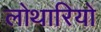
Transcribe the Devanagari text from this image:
लोथारियो